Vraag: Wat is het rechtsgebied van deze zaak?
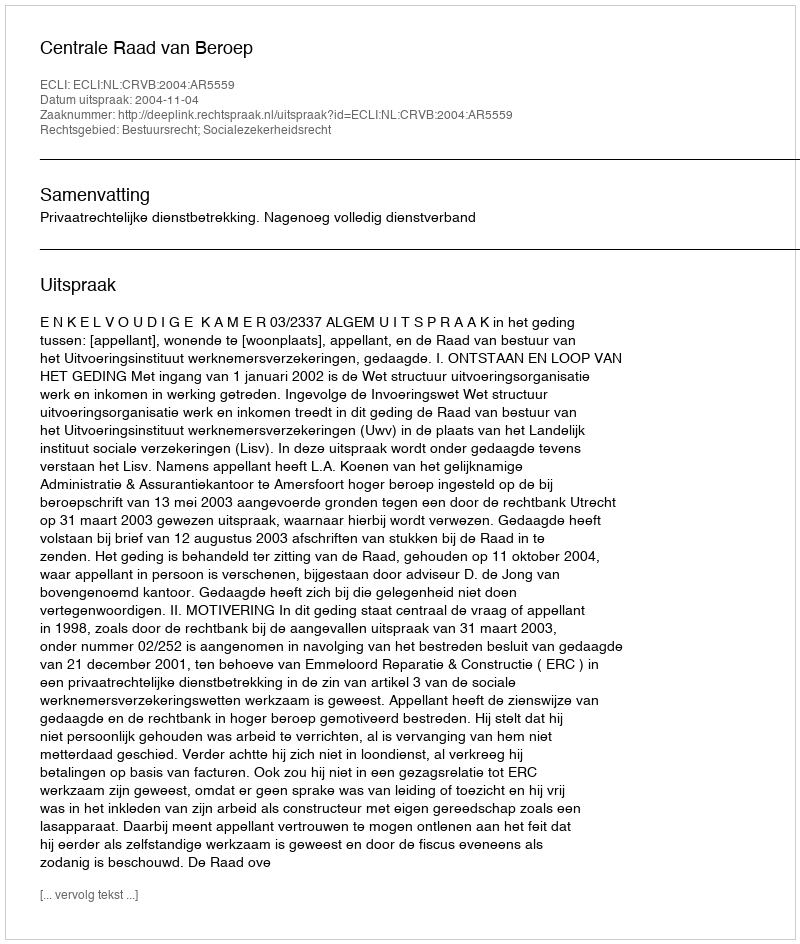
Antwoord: Bestuursrecht; Socialezekerheidsrecht